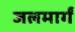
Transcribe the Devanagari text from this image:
जलमार्गं